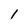
Character: 1